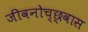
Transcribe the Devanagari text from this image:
जीवनोच्छ्वास